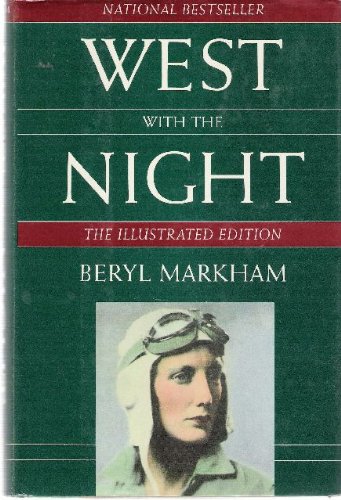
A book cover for West With the Night; Beryl Markham; History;